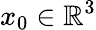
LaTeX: x_{0}\in\mathbb{R}^{3}